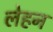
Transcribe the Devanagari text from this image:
लेहन